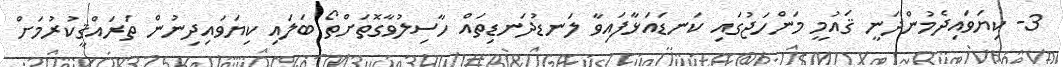
3- ކިޔަވައިދެމުންދަނީ ޤައުމީ މަންހަޖުގައި ކަނޑައަޅާފައިވާ ލަނޑުދަނޑިތައް ހާސިލުވާގޮތަށްތޯ ބަލައި ކިޔަވައިދިނުން ތަރައްޤީކުރުމަށް